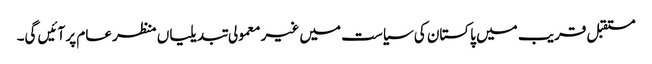
مستقبل قریب میں پاکستان کی سیاست میں غیر معمولی تبدیلیاں منظر عام پر آئیں گی۔